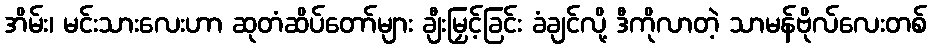
အိမ်း၊ မင်းသားလေးဟာ ဆုတံဆိပ်တော်များ ချီးမြှင့်ခြင်း ခံချင်လို့ ဒီကိုလာတဲ့ သာမန်ဗိုလ်လေးတစ်